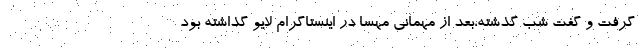
گرفت و گفت شب گذشته،بعد از مهمانی مهسا در اینستاگرام لایو گذاشته بود